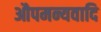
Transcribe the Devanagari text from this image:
औपमन्यवादि